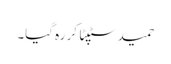
حمید سٹپٹا کر رہ گیا۔